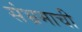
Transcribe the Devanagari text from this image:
संभ्रमाची